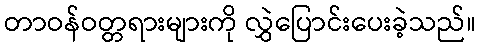
တာဝန်ဝတ္တရားများကို လွှဲပြောင်းပေးခဲ့သည်။